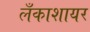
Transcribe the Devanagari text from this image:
लँकाशायर